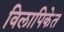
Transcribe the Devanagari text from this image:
विलापिकेत